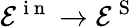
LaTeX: \mathcal{E}^{\mathrm{~i~n~}}\rightarrow\mathcal{E}^{\mathrm{~S~}}